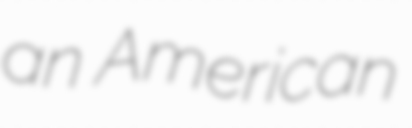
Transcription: an American